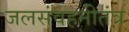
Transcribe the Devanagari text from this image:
जलसंवहनीतंत्र